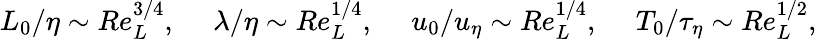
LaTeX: L_{0}/\eta\sim Re_{L}^{3/4},\quad\; \lambda/\eta\sim Re_{L}^{1/4},\quad\; u_{0}/u_{\eta}\sim Re_{L}^{1/4},\quad\; T_{0}/\tau_{\eta}\sim Re_{L}^{1/2},